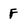
Character: f